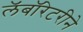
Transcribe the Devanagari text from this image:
लॅबॉरेटरीने